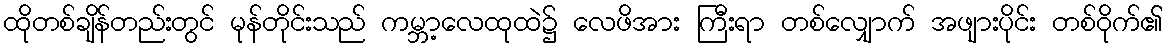
ထိုတစ်ချိန်တည်းတွင် မုန်တိုင်းသည် ကမ္ဘာ့လေထုထဲ၌ လေဖိအား ကြီးရာ တစ်လျှောက် အဖျားပိုင်း တစ်ဝိုက်၏